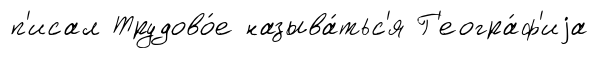
п'исал Трудово́е называ́тьс'я Г'еогра́ф'иjа